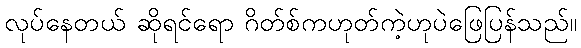
လုပ်နေတယ် ဆိုရင်ရော ဂိတ်စ်ကဟုတ်ကဲ့ဟုပဲဖြေပြန်သည်။